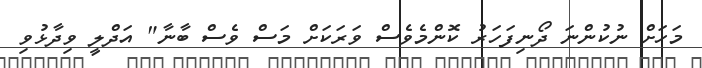
މަހަށް ނުކުންނަ ދޯނިފަހަރު ކޮންމެވެސް ވަރަކަށް މަސް ވެސް ބާނާ" އަދްލީ ވިދާޅުވި